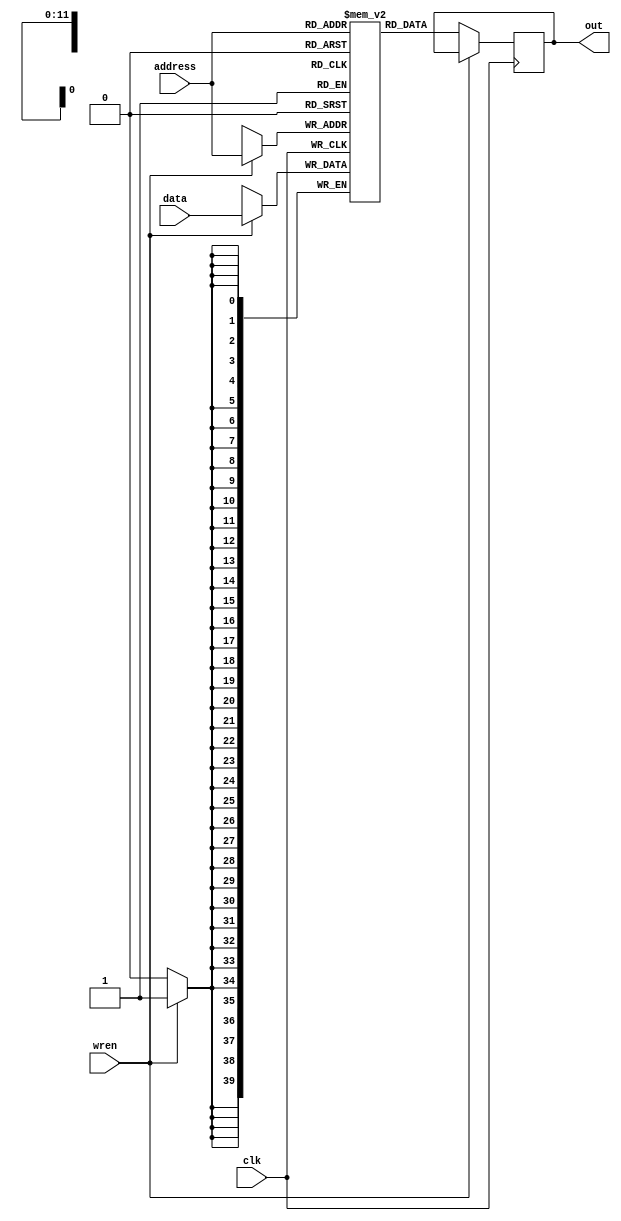
module spram_4096_40bit (
    clk,
    address,
    wren,
    data,
    out
);
parameter AWIDTH=12;
parameter NUM_WORDS=4096;
parameter DWIDTH=40;
input clk;
input [(AWIDTH-1):0] address;
input  wren;
input [(DWIDTH-1):0] data;
output [(DWIDTH-1):0] out;

`ifndef hard_mem

reg [(DWIDTH-1):0] out;
reg [DWIDTH-1:0] ram[NUM_WORDS-1:0];
always @ (posedge clk) begin 
  if (wren) begin
      ram[address] <= data;
  end
  else begin
      out <= ram[address];
  end
end
  
`else

defparam u_single_port_ram.ADDR_WIDTH = AWIDTH;
defparam u_single_port_ram.DATA_WIDTH = DWIDTH;

single_port_ram u_single_port_ram(
.addr(address),
.we(wren),
.data(data),
.out(out),
.clk(clk)
);

`endif

endmodule